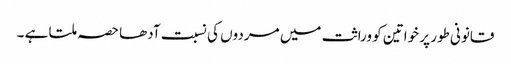
قانونی طور پر خواتین کو وراثت میں مردوں کی نسبت آدھا حصہ ملتا ہے ۔